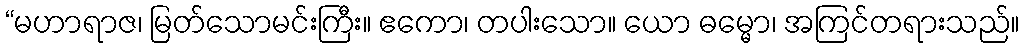
“မဟာရာဇ၊ မြတ်သောမင်းကြီး။ ဧကော၊ တပါးသော။ ယော ဓမ္မော၊ အကြင်တရားသည်။